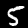
Label: 5